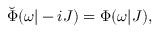
\breve { \Phi } ( \omega | - i J ) = \Phi ( \omega | J ) ,